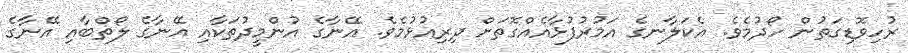
ރުހިވޮޑިގަތުން ހޯދުމެވެ. އެކަލާނގެ އަމުރުފުޅާއެއްގޮތަށް ދިރިއުޅުމެވެ. އޭނާގެ އުންމީދުތަކާއި އޭނާގެ ލޯތްބާއި އޭނާގެ